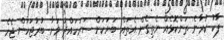
ޕާކު ކުރާނެ ތަންކޮޅެއް ނެތިގެން އެތައް ބަޔަކަށް ސަރަހައްދު ވަށާ ބުރުޖަހަން ޖެހެ